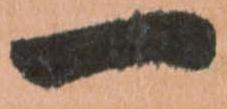
一